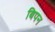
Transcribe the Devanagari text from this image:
बिपन